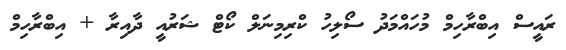
ރައީސް އިބްރާހިމް މުހައްމަދު ސޯލިހު ކްރިމިނަލް ކޯޓް ޝަރުއީ ދާއިރާ + އިބްރާހިމް